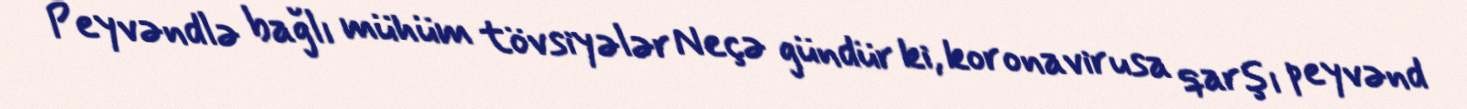
Peyvəndlə bağlı mühüm tövsiyələr Neçə gündür ki, koronavirusa qarşı peyvənd